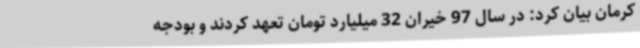
کرمان بیان کرد: در سال 97 خیران 32 میلیارد تومان تعهد کردند و بودجه